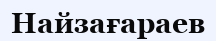
Найзағараев